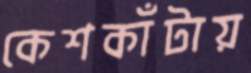
কেশকাঁটায়